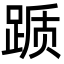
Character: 踬